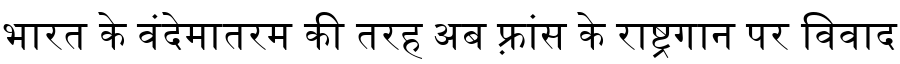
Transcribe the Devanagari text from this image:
भारत के वंदेमातरम की तरह अब फ़्रांस के राष्ट्रगान पर विवाद